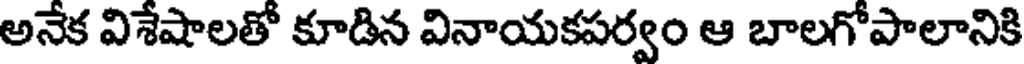
అనేక విశేషాలతో కూడిన వినాయకపర్వం ఆ బాలగోపాలానికి